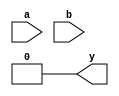
module all_logic_gates_dut (a,b,y);
      input a,b;
  	  output y;
      not n1 (y,a,b);
      and a1 (y,a,b);
      or o1 (y,a,b);
      nand n2 (y,a,b);
      nor n3 (y,a,b);
      xor x1 (y,a,b);
      xnor x2(y,a,b);
endmodule